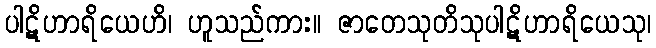
ပါဋိဟာရိယေဟိ၊ ဟူသည်ကား။ ဇာတေသုတိသုပါဋိဟာရိယေသု၊